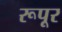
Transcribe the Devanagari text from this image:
रूपूर